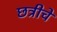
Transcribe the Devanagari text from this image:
छत्रीचे